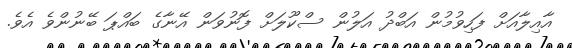
އާއިލާއަށް ފަހިވުމުން އަބްދު އަލުން ސްކޫލަށް ފޮނުވަން އޭނާގެ ބައްޕަ ބޭނުންވެ އެވެ.